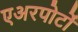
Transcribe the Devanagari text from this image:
एअरपोर्टों